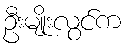
ဦးမျိုးလွင်က